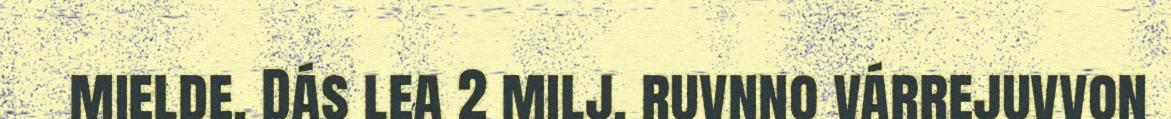
mielde. Dás lea 2 milj. ruvnno várrejuvvon